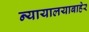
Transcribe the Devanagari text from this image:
न्यायालयाबाहेर